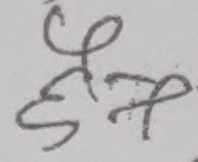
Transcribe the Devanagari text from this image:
झफ